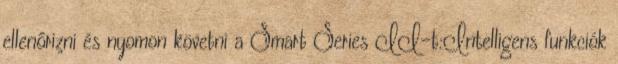
ellenőrizni és nyomon követni a Smart Series II-t:Intelligens funkciók